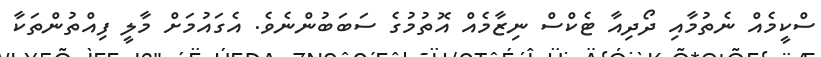
ސްކީމެއް ނެތުމާއި ދޯދިއާ ޓެކްސް ނިޒާމެއް އޮތުމުގެ ސަބަބުންނެވެ. އެގައުމަށް މާލީ ފިއްތުންތަކާ